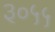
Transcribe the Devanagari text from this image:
३०५५